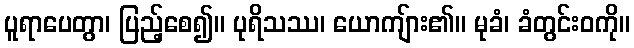
ပူရာပေတွာ၊ ပြည့်စေ၍။ ပုရိသဿ၊ ယောကျ်ား၏။ မုခံ၊ ခံတွင်းဝကို။